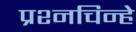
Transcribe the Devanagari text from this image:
प्रश्नचिन्हे